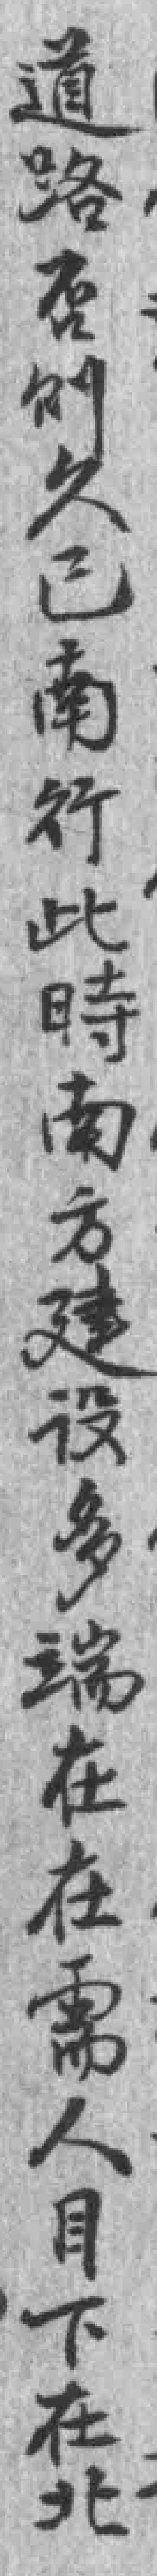
道路否则久已南行此時南方建设多端在在需人目下在北